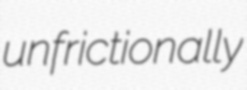
unfrictionally